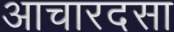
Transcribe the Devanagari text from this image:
आचारदसा